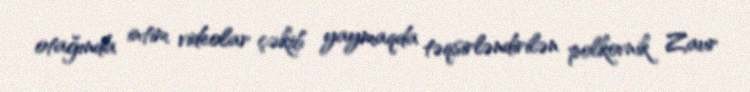
otağında intim videolar çəkib yaymaqda təqsirləndirilən polkovnik Zaur